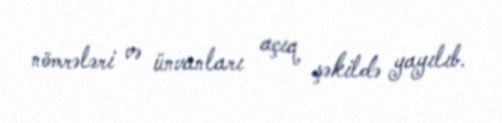
nömrələri və ünvanları açıq şəkildə yayılıb.